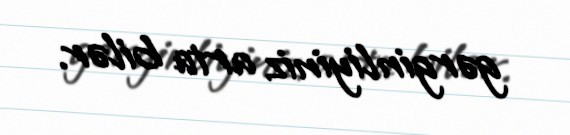
gərginliyiniz arta bilər.